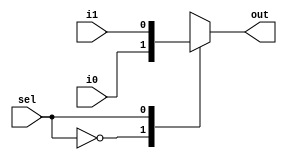
module MUX_21_1b (sel, i0, i1, out);

input		i0, i1;
input 		sel;
output		out;
reg			inter;

always @(*) begin
	case (sel)
		1'b0: inter = i0;
		1'b1: inter = i1;
		default: inter = i0;
	endcase
end

assign out = inter;

endmodule

module MUX_21_16b (sel, i0, i1, out);

input[15:0]		i0, i1;
input 			sel;
output[15:0]	out;
reg[15:0]		inter;

always@(*) begin
	case (sel)
		1'b0: inter = i0;
		1'b1: inter = i1;
		default : inter = i0;
	endcase	
end

assign out = inter;
	
endmodule

module MUX_41_1b (sel, i0, i1, i2, i3, out);

input[1:0]	sel;
input		i0, i1, i2, i3;
output		out;
reg 		inter;

always@(*) begin
	case (sel)
		2'b00: inter = i0;
		2'b01: inter = i1;
		2'b10: inter = i2;
		2'b11: inter = i3;
		default: inter = i0;
	endcase
end

assign out = inter;

endmodule

module MUX_81_16b (sel, i0, i1, i2, i3, i4, i5, i6, i7, out);

input	[2:0]	sel;
input	[15:0]	i0, i1, i2, i3, i4, i5, i6, i7;
output	[15:0]	out;
reg		[15:0]	inter;

always @(*) begin
	case (sel)
		3'b000: inter = i0;
		3'b001: inter = i1;
		3'b010: inter = i2;
		3'b011: inter = i3;
		3'b100: inter = i4;
		3'b101: inter = i5;
		3'b110: inter = i6;
		3'b111: inter = i7;
		default: inter = i0;
	endcase
end

assign out = inter;

endmodule // mux_81_16b